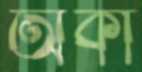
অর্কা